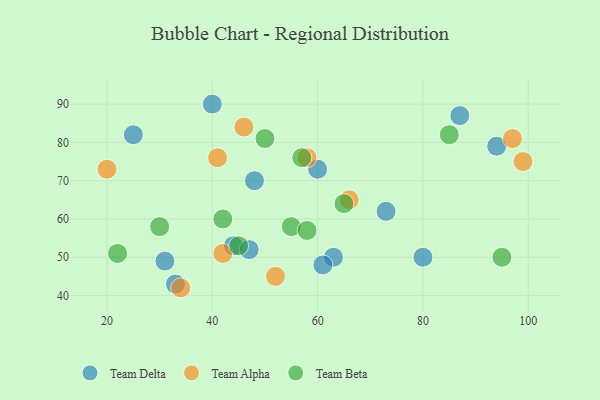
{"axis": {"x": "GDP", "y": "Life Expectancy"}, "legend": ["Team Alpha", "Team Beta", "Team Delta"], "data": [{"x": "44", "y": 53, "type": "Team Delta"}, {"x": "40", "y": 90, "type": "Team Delta"}, {"x": "73", "y": 62, "type": "Team Delta"}, {"x": "31", "y": 49, "type": "Team Delta"}, {"x": "87", "y": 87, "type": "Team Delta"}, {"x": "94", "y": 79, "type": "Team Delta"}, {"x": "63", "y": 50, "type": "Team Delta"}, {"x": "48", "y": 70, "type": "Team Delta"}, {"x": "33", "y": 43, "type": "Team Delta"}, {"x": "25", "y": 82, "type": "Team Delta"}, {"x": "61", "y": 48, "type": "Team Delta"}, {"x": "60", "y": 73, "type": "Team Delta"}, {"x": "80", "y": 50, "type": "Team Delta"}, {"x": "47", "y": 52, "type": "Team Delta"}, {"x": "66", "y": 65, "type": "Team Alpha"}, {"x": "52", "y": 45, "type": "Team Alpha"}, {"x": "99", "y": 75, "type": "Team Alpha"}, {"x": "34", "y": 42, "type": "Team Alpha"}, {"x": "20", "y": 73, "type": "Team Alpha"}, {"x": "46", "y": 84, "type": "Team Alpha"}, {"x": "97", "y": 81, "type": "Team Alpha"}, {"x": "58", "y": 76, "type": "Team Alpha"}, {"x": "41", "y": 76, "type": "Team Alpha"}, {"x": "42", "y": 51, "type": "Team Alpha"}, {"x": "45", "y": 53, "type": "Team Beta"}, {"x": "22", "y": 51, "type": "Team Beta"}, {"x": "55", "y": 58, "type": "Team Beta"}, {"x": "30", "y": 58, "type": "Team Beta"}, {"x": "57", "y": 76, "type": "Team Beta"}, {"x": "85", "y": 82, "type": "Team Beta"}, {"x": "42", "y": 60, "type": "Team Beta"}, {"x": "65", "y": 64, "type": "Team Beta"}, {"x": "58", "y": 57, "type": "Team Beta"}, {"x": "50", "y": 81, "type": "Team Beta"}, {"x": "95", "y": 50, "type": "Team Beta"}]}